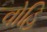
વોહિ